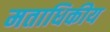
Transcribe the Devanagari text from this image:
मताधिकीय